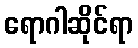
ရောဂါဆိုင်ရာ